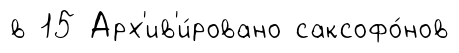
в 15 Арх'ив'и́ровано саксофо́нов